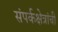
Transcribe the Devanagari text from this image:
संपर्कक्षेत्रांची